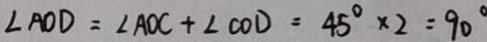
\angle A O D = \angle A O C + \angle C O D = 4 5 ^ { \circ } \times 2 = 9 0 ^ { \circ }